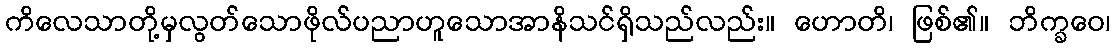
ကိလေသာတို့မှလွတ်သောဖိုလ်ပညာဟူသောအာနိသင်ရှိသည်လည်း။ ဟောတိ၊ ဖြစ်၏။ ဘိက္ခဝေ၊